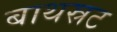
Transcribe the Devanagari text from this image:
बाथस्रट